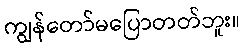
ကျွန်တော်မပြောတတ်ဘူး။